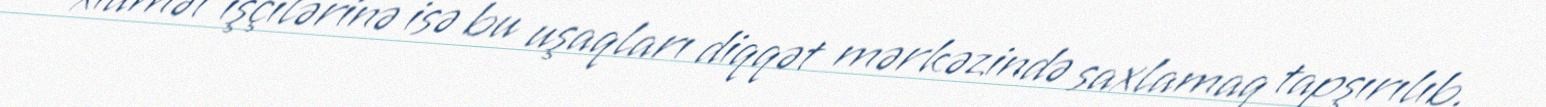
xidmət işçilərinə isə bu uşaqları diqqət mərkəzində saxlamaq tapşırılıb.